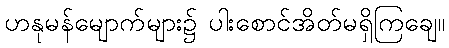
ဟနုမန်မျောက်များ၌ ပါးစောင်အိတ်မရှိကြချေ။